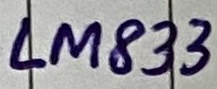
Text: LM833